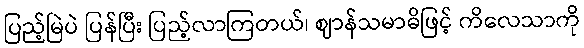
ပြည့်မြဲပဲ ပြန်ပြီး ပြည့်လာကြတယ်၊ ဈာန်သမာဓိဖြင့် ကိလေသာကို